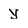
Character: y